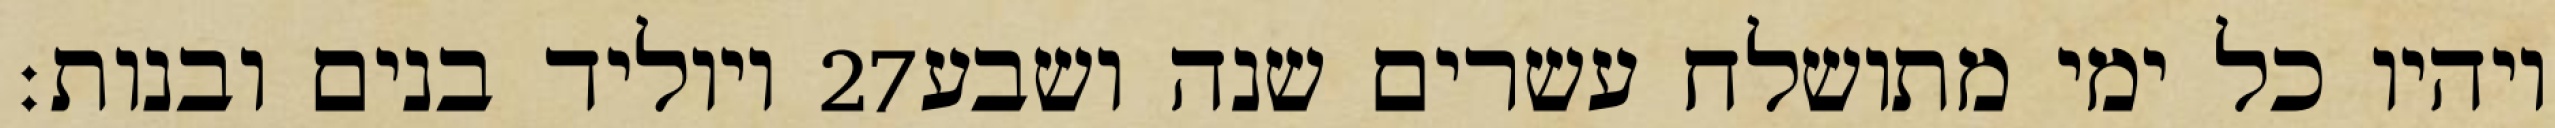
ויוליד בנים ובנות׃ ‎27‏ ויהיו כל ימי מתושלח עשרים שנה ושבע